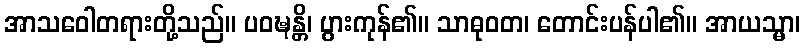
အာသဝေါတရားတို့သည်။ ပဝဍ္ဎန္တိ၊ ပွားကုန်၏။ သာဓုဝတ၊ တောင်းပန်ပါ၏။ အာယသ္မာ၊